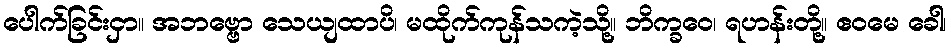
ပေါက်ခြင်းငှာ။ အဘဗ္ဗော သေယျထာပိ၊ မထိုက်ကုန်သကဲ့သို့။ ဘိက္ခဝေ၊ ရဟန်းတို့။ ဧဝမေ ခေါ၊